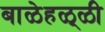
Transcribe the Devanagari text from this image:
बाळेहळ्ळी